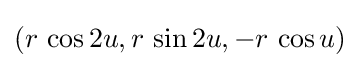
(r\,\cos 2u,r\,\sin 2u,-r\,\cos u)